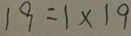
1 9 = 1 \times 1 9